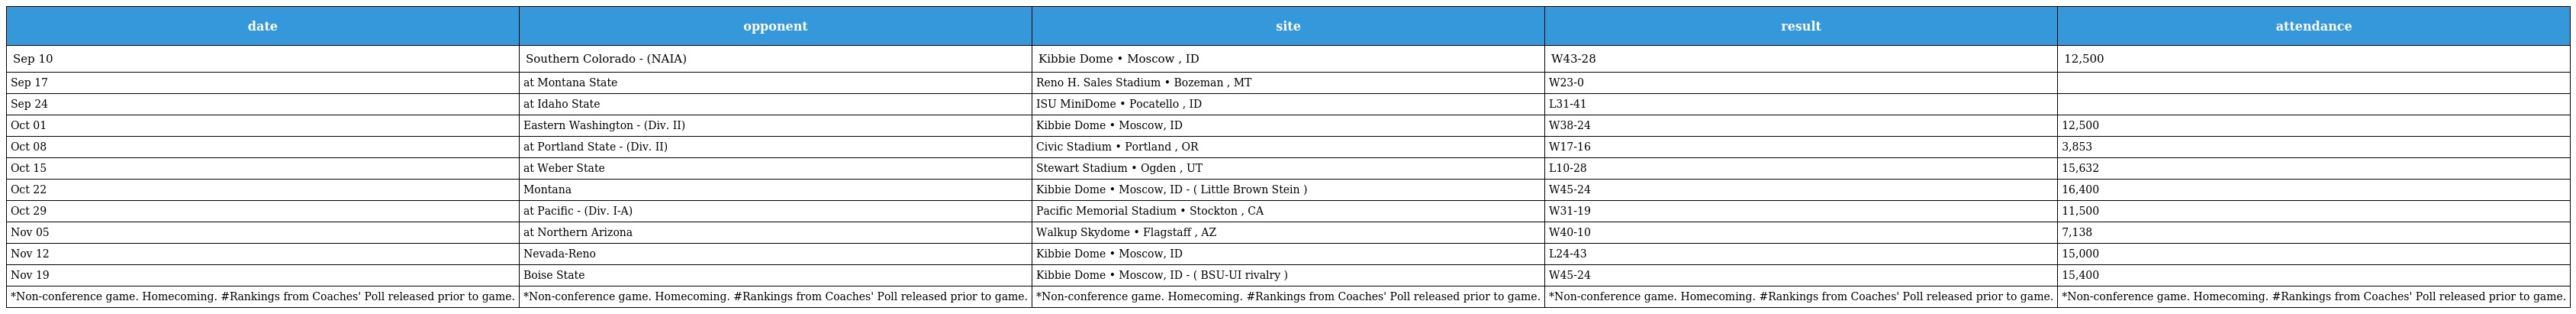
| date | opponent | site | result | attendance |
 | --- | --- | --- | --- | --- |
 | Sep 10 | Southern Colorado - (NAIA) | Kibbie Dome • Moscow , ID | W43-28 | 12,500 |
 | Sep 17 | at Montana State | Reno H. Sales Stadium • Bozeman , MT | W23-0 |  |
 | Sep 24 | at Idaho State | ISU MiniDome • Pocatello , ID | L31-41 |  |
 | Oct 01 | Eastern Washington - (Div. II) | Kibbie Dome • Moscow, ID | W38-24 | 12,500 |
 | Oct 08 | at Portland State - (Div. II) | Civic Stadium • Portland , OR | W17-16 | 3,853 |
 | Oct 15 | at Weber State | Stewart Stadium • Ogden , UT | L10-28 | 15,632 |
 | Oct 22 | Montana | Kibbie Dome • Moscow, ID - ( Little Brown Stein ) | W45-24 | 16,400 |
 | Oct 29 | at Pacific - (Div. I-A) | Pacific Memorial Stadium • Stockton , CA | W31-19 | 11,500 |
 | Nov 05 | at Northern Arizona | Walkup Skydome • Flagstaff , AZ | W40-10 | 7,138 |
 | Nov 12 | Nevada-Reno | Kibbie Dome • Moscow, ID | L24-43 | 15,000 |
 | Nov 19 | Boise State | Kibbie Dome • Moscow, ID - ( BSU-UI rivalry ) | W45-24 | 15,400 |
 | *Non-conference game. Homecoming. #Rankings from Coaches' Poll released prior to game. | *Non-conference game. Homecoming. #Rankings from Coaches' Poll released prior to game. | *Non-conference game. Homecoming. #Rankings from Coaches' Poll released prior to game. | *Non-conference game. Homecoming. #Rankings from Coaches' Poll released prior to game. | *Non-conference game. Homecoming. #Rankings from Coaches' Poll released prior to game. |